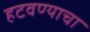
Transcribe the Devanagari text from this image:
हटवण्याचा